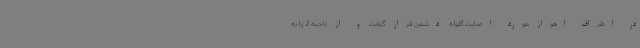
در اطراف اهواز مورد اصابت گلوله دشمن قرار گرفت و از ناحیه 2 پا به